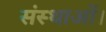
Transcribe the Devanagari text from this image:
संस्थाओं।